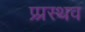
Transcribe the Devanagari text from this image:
प्र्प्रस्थव